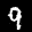
Label: 9